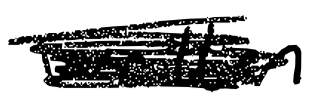
Text: written
Cross-out: mix
Writing tool: digital_black